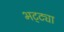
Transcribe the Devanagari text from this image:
भट्‌ट्या